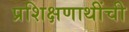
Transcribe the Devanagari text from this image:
प्रशिक्षणाथींची